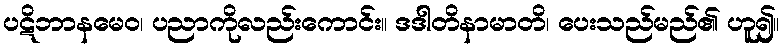
ပဋိဘာနမေဝ၊ ပညာကိုလည်းကောင်း။ ဒဒါတိနာမာတိ၊ ပေးသည်မည်၏ ဟူ၍။